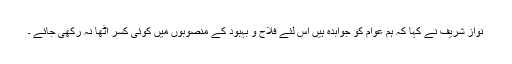
نواز شریف نے کہا کہ ہم عوام کو جوابدہ ہیں اس لئے فلاح و بہبود کے منصوبوں میں کوئی کسر اٹھا نہ رکھی جائے ۔